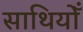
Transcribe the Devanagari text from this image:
साथियोँ